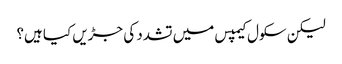
لیکن سکول کیمپس میں تشدد کی جڑیں کیا ہیں؟